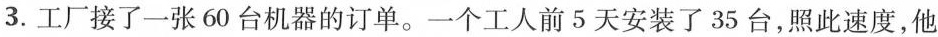
3.工厂接了一张60台机器的订单。一个工人前5天安装了35台，照此速度，他